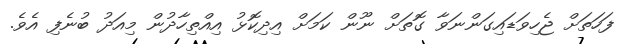
ފަހަތަށް ޖެހިވަޑައިގަންނަވާ ގޮތަށް ނޫން ކަމަށް އިދިކޮޅު އިއްތިހާދުން މިއަދު ބުނެފި އެވެ.